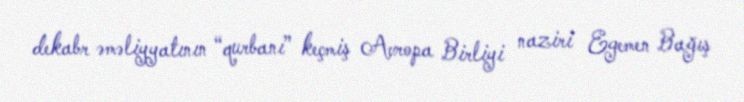
dekabr əməliyyatının “qurbanı” keçmiş Avropa Birliyi naziri Egemen Bağış